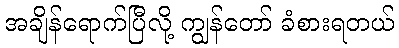
အချိန်ရောက်ပြီလို့ ကျွန်တော် ခံစားရတယ်